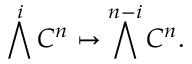
\bigwedge ^ { i } C ^ { n } \mapsto \bigwedge ^ { n - i } C ^ { n } .